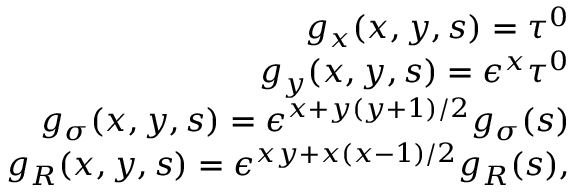
\begin{array} { r l r } & { } & { g _ { x } ( x , y , s ) = \tau ^ { 0 } } \\ & { } & { g _ { y } ( x , y , s ) = \epsilon ^ { x } \tau ^ { 0 } } \\ & { } & { g _ { \sigma } ( x , y , s ) = \epsilon ^ { x + y ( y + 1 ) / 2 } g _ { \sigma } ( s ) } \\ & { } & { g _ { R } ( x , y , s ) = \epsilon ^ { x y + x ( x - 1 ) / 2 } g _ { R } ( s ) , } \end{array}